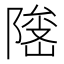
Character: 𱀫